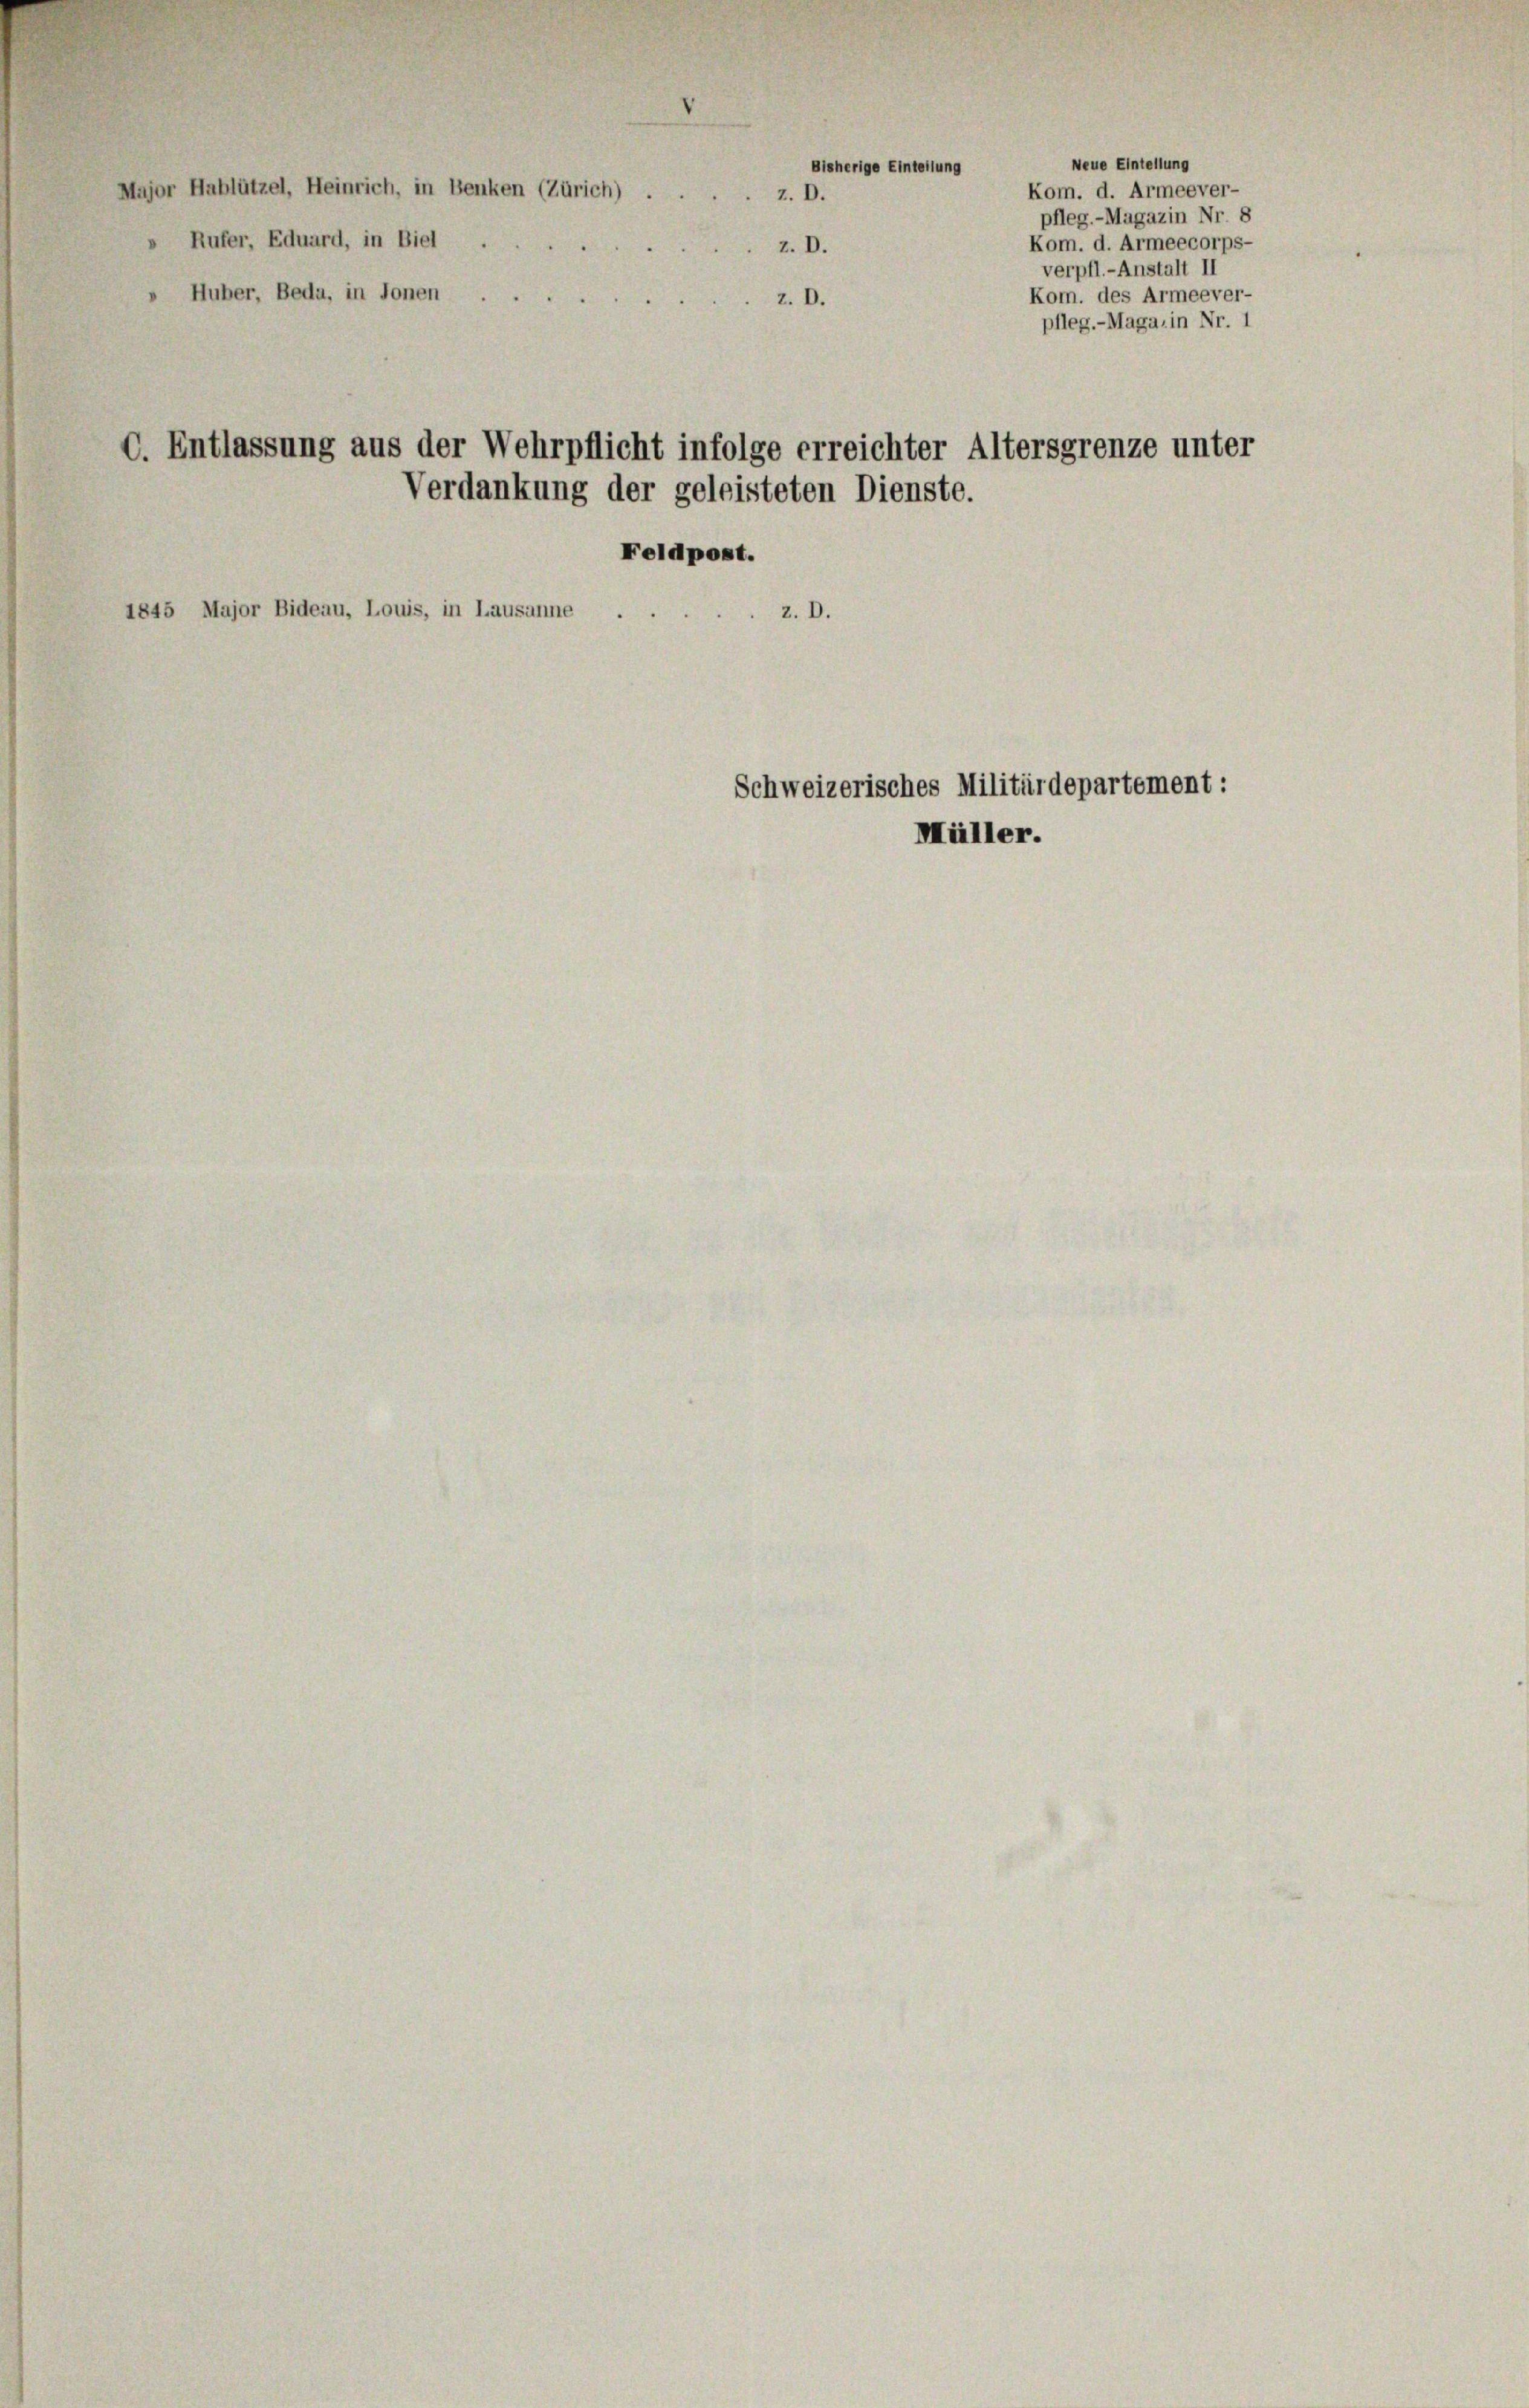
Major Hablützel, Heinrich, in Benken (Zürich) .
Rufer, Eduard, in Biel
» Huber, Beda, in Jonen

Bisherige Einteilung
z. D.
z. D.
z. D.

C. Entlassung aus der Wehrpflicht infolge erreichter Altersgrenze unter
Verdankung der geleisteten Dienste.
Feldpost.
1845 Major Bideau, Louis, in Lausanne
z. D.

Schweizerisches Militärdepartement:
Müller.

Kom. d. Armeever-
pfleg.-Magazin Nr. 8
Kom. d. Armeecorps-
verpfl.-Anstalt II
Kom. des Armeever-
pfleg. - Maga, in Nr. 1

Neue Eintellung